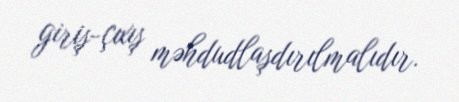
giriş-çıxış məhdudlaşdırılmalıdır.